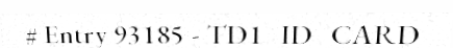
# Entry 93185 - TD1_ID_CARD